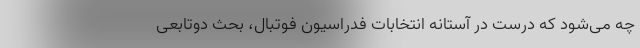
چه می‌شود که درست در آستانه انتخابات فدراسیون فوتبال، بحث دوتابعی